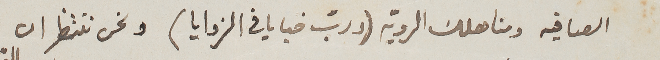
الصافيه ومناهلك الروية (و ربّ خبايا في الزوايا) ونحن ننتظر ان